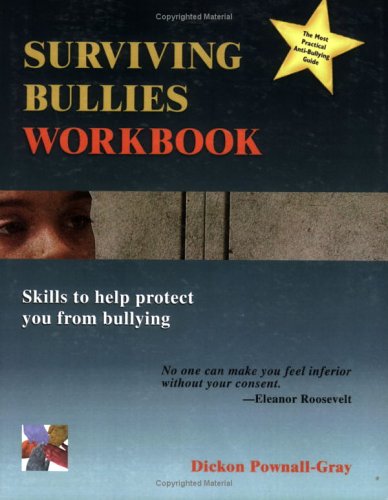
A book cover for Surviving Bullies Workbook: Skills to Help Protect You from Bullying; Dickon Pownall-Gray; Teen & Young Adult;